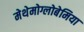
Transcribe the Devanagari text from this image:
मेथेमोग्लोबेमिया